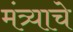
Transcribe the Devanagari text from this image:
मंत्र्याचे